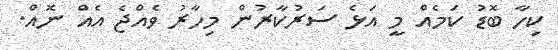
ކިހާ ބޮޑު ކަމެއް މީ އަޅެ ސަރުކާރުން މިހާރު ވެއްޖެ އެއް ނޮއް.